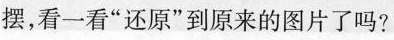
摆，看一看”还原”到原来的图片了吗?